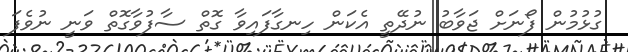
ގުޅުމުން ފޯނަށް ޖަވާބު ނުދޭތީ އެކަން ހިނގާފައިވާ ގޮތް ސާފުވާގޮތް ވަނީ ނުވެފަ